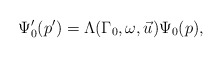
\begin{align*}\Psi _{0}^{\prime }(p^{\prime })=\Lambda (\Gamma _{0},\omega ,\vec{u})\Psi_{0}(p), \end{align*}